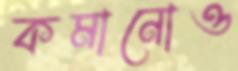
কমানোও